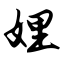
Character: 娌